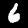
Label: 6